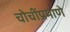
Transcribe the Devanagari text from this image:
चोचींप्रमाणे